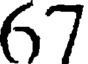
67